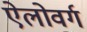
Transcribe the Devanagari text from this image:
ऐलोवर्ग